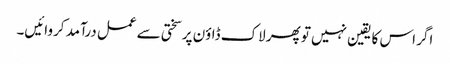
اگر اس کا یقین نہیں تو پھر لاک ڈاؤن پر سختی سے عمل درآمد کروائیں۔